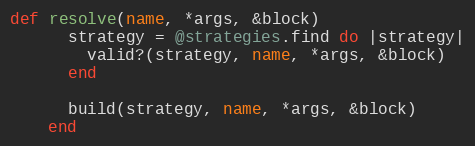
Language: Ruby
def resolve(name, *args, &block)
      strategy = @strategies.find do |strategy|
        valid?(strategy, name, *args, &block)
      end

      build(strategy, name, *args, &block)
    end